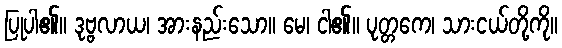
ပြုပါ၏။ ဒုဗ္ဗလာယ၊ အားနည်းသော။ မေ၊ ငါ၏။ ပုတ္တကေ၊ သားငယ်တို့ကို။